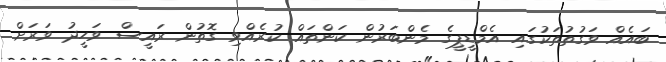
ބައެއް ވަގުތުތަކުގައި އެމްޑީޕީގެ މެންބަރުން ކަންތައް ކުރެއްވި ގޮތުން ރައީސް ވަހީދު ވަރަށް